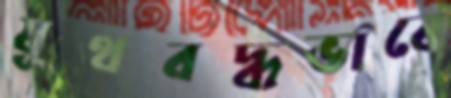
যূথবদ্ধভাবে